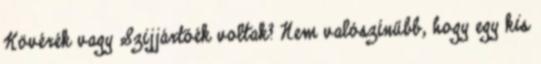
Kövérék vagy Szijjártóék voltak? Nem valószínűbb, hogy egy kis